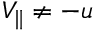
V _ { \parallel } \neq - u